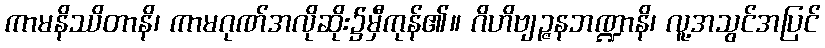
ကာမနိဿိတာနိ၊ ကာမဂုဏ်အလိုဆိုး၌မှီကုန်၏။ ဂိဟိဗျဉ္ဇနဘဏ္ဍာနိ၊ လူ့အသွင်အပြင်